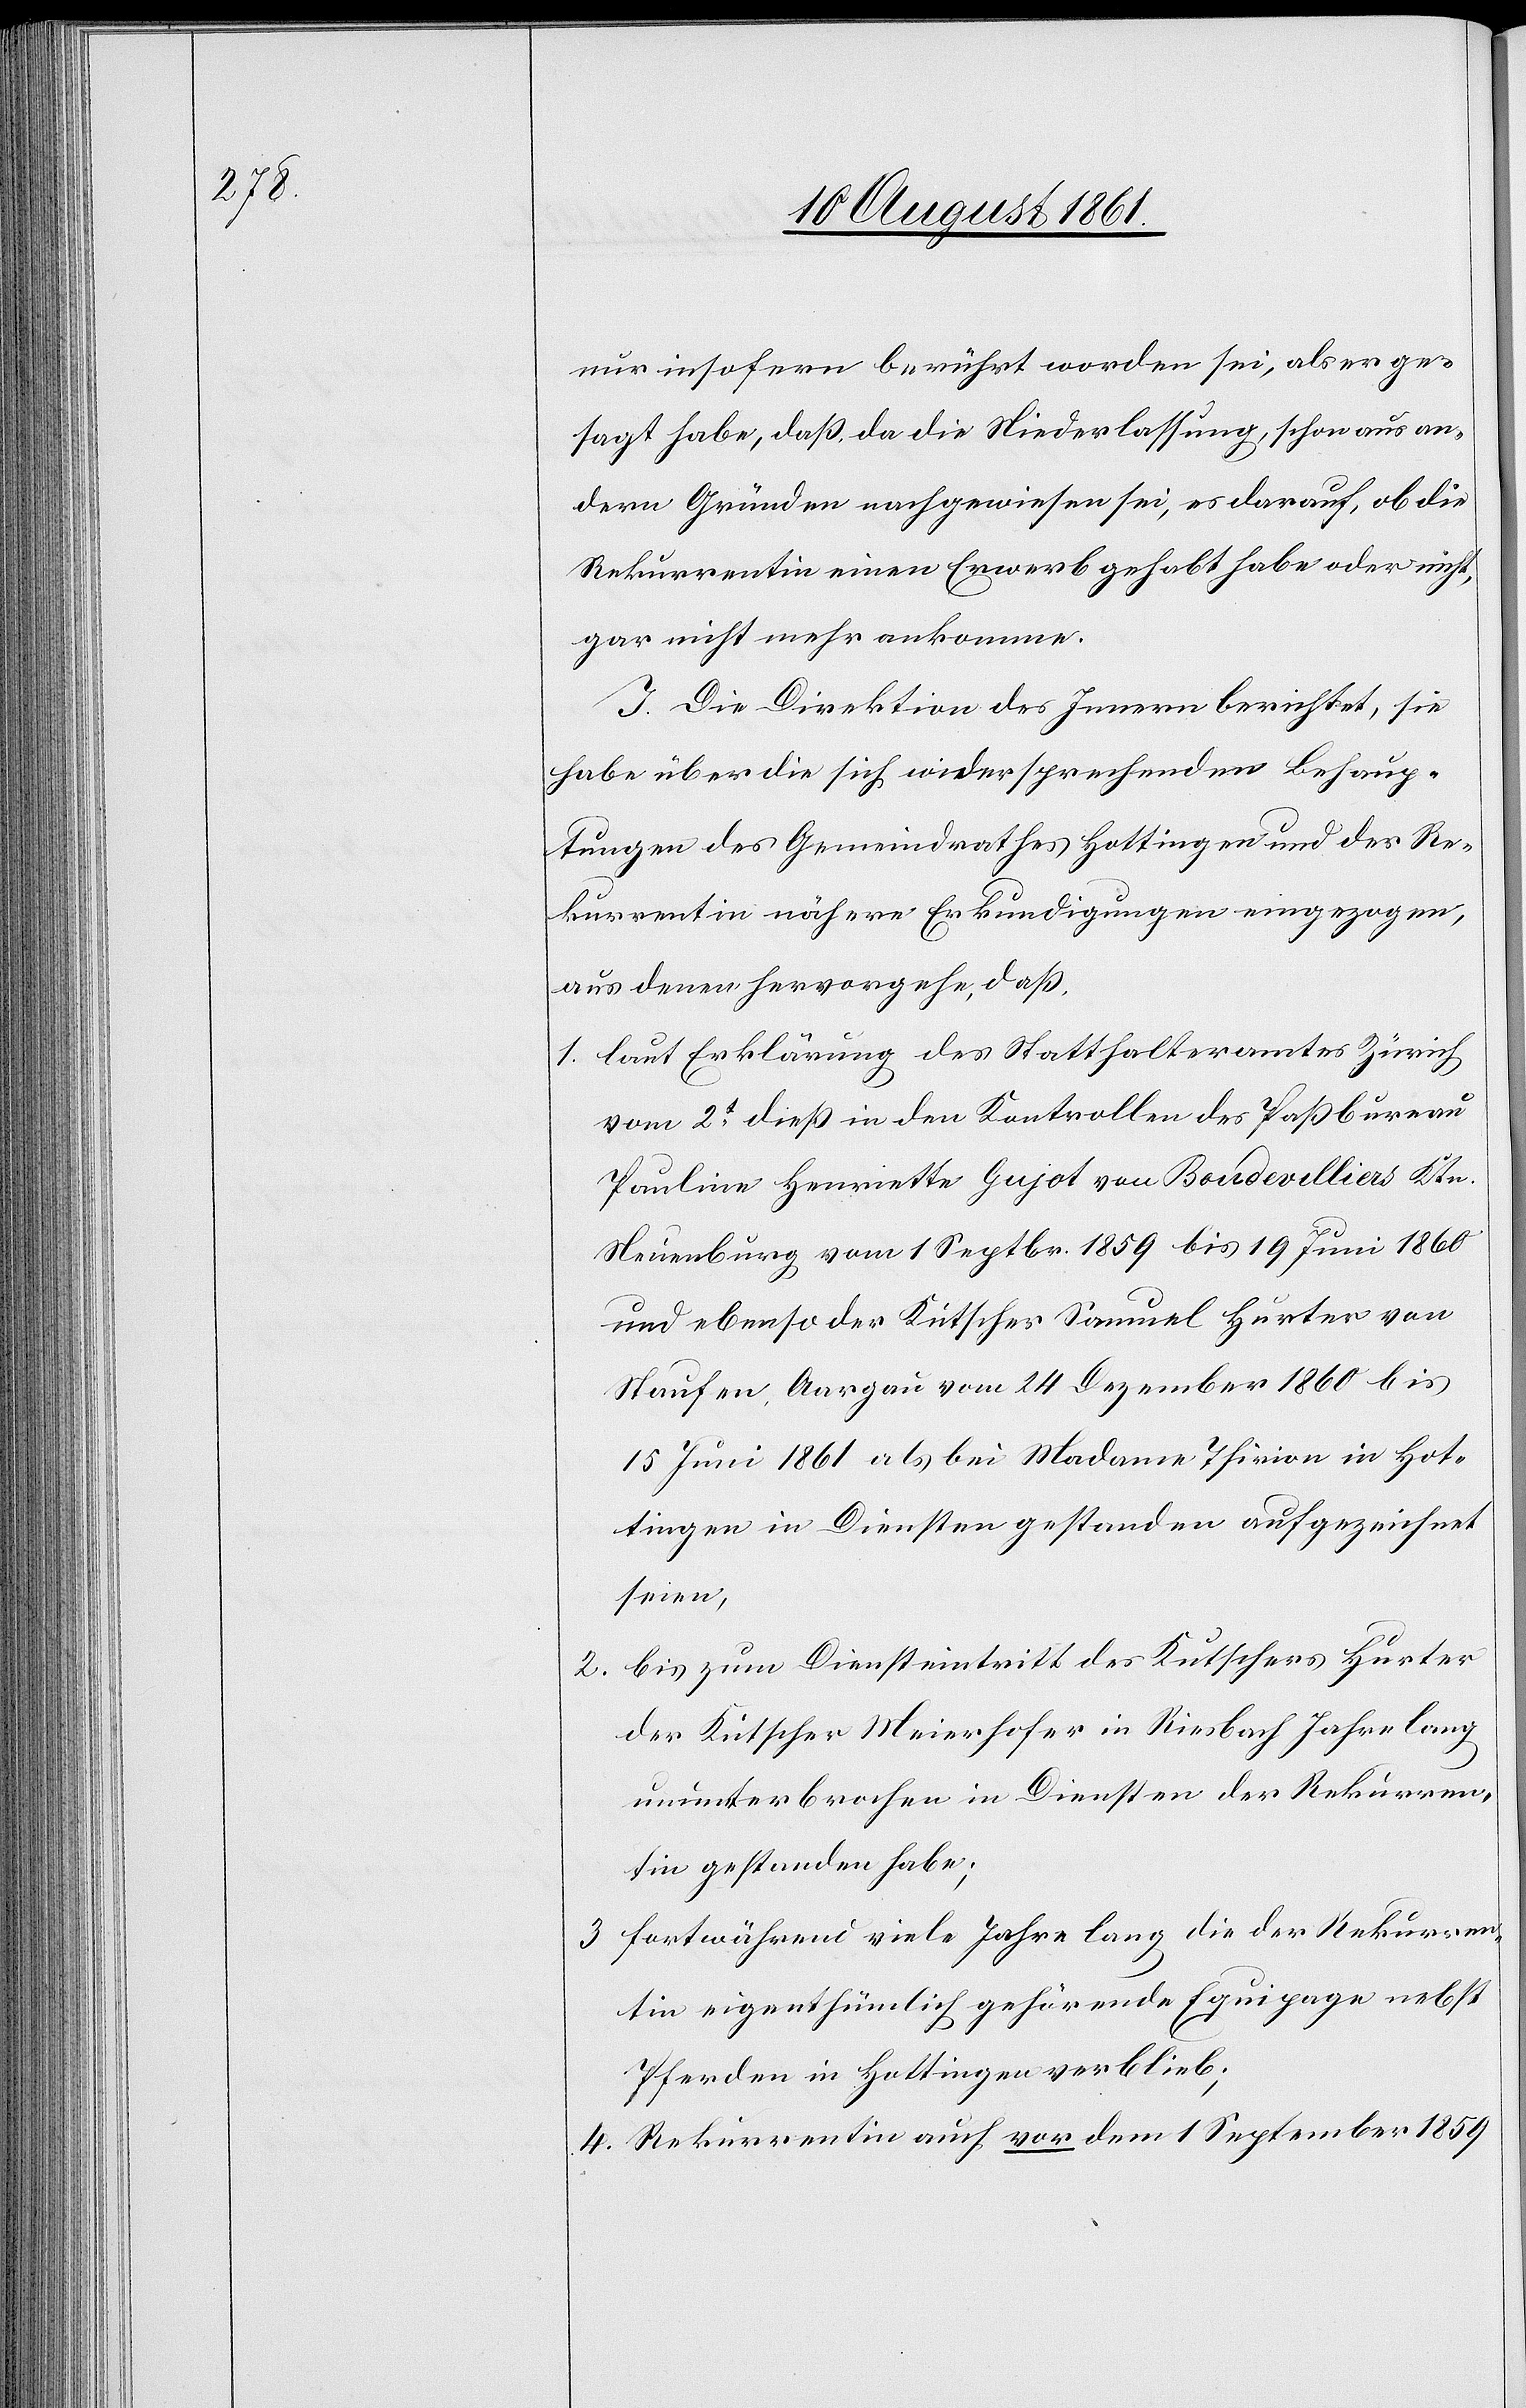
nur insofern berührt worden sei, als er ge¬
sagt habe, daß da die Niederlassung, schon aus an¬
dern Gründen nachgewiesen sei, es darauf, ob die
Rekurrentin einen Erwerb gehabt habe oder nicht,
gar nicht mehr ankomme.
J. Die Direktion des Innern berichtet, sie
habe über die sich widersprechenden Behaup¬
tungen des Gemeindrathes Hottingen und der Re¬
kurrentin nähere Erkundigungen eingezogen,
aus denen hervorgehe, daß,
1. laut Erklärung des Statthalteramtes Zürich
vom 2t dieß in den Kontrollen des Paßbureau
Pauline Henriette Gujot von Boudevilliers Ktn.
Neuenburg vom 1 Septr. 1859 bis 19 Juni 1860
und ebenso der Kutscher Samuel Hurter von
Staufen, Aargau von 24 Dezember 1860 bis
15 Juni 1861 als bei Madame Thirion in Hot¬
tingen in Diensten gestanden aufgezeichnet
seien,
2. bis zum Diensteintritt des Kutschers Hurter
der Kutscher Meierhofer in Riesbach Jahre lang
ununterbrochen in Diensten der Rekurren¬
tin gestanden habe.
3. fortwährend viele Jahre lang die der Rekurren¬
tin eigenthümlich gehörende Equipage nebst
Pferden in Hottigen verblieb;
4. Rekurrentin auch vor dem 1 September 1859